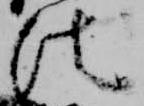
法